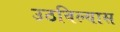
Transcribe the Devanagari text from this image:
उठविल्यास